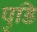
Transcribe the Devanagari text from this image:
पुडि